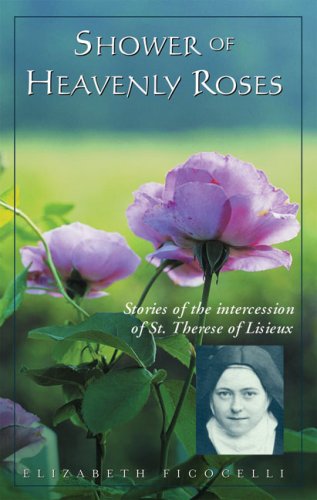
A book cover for Shower of Heavenly Roses: Stories of the intercession of St. Therese of Lisieux; Elizabeth Ficocelli; Christian Books & Bibles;